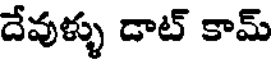
దేవుళ్ళు డాట్ కామ్